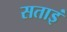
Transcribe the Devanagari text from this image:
सताइं